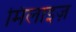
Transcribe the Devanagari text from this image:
मिलाइज़